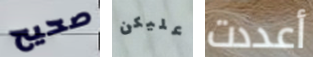
صحيح عليكن أعددت